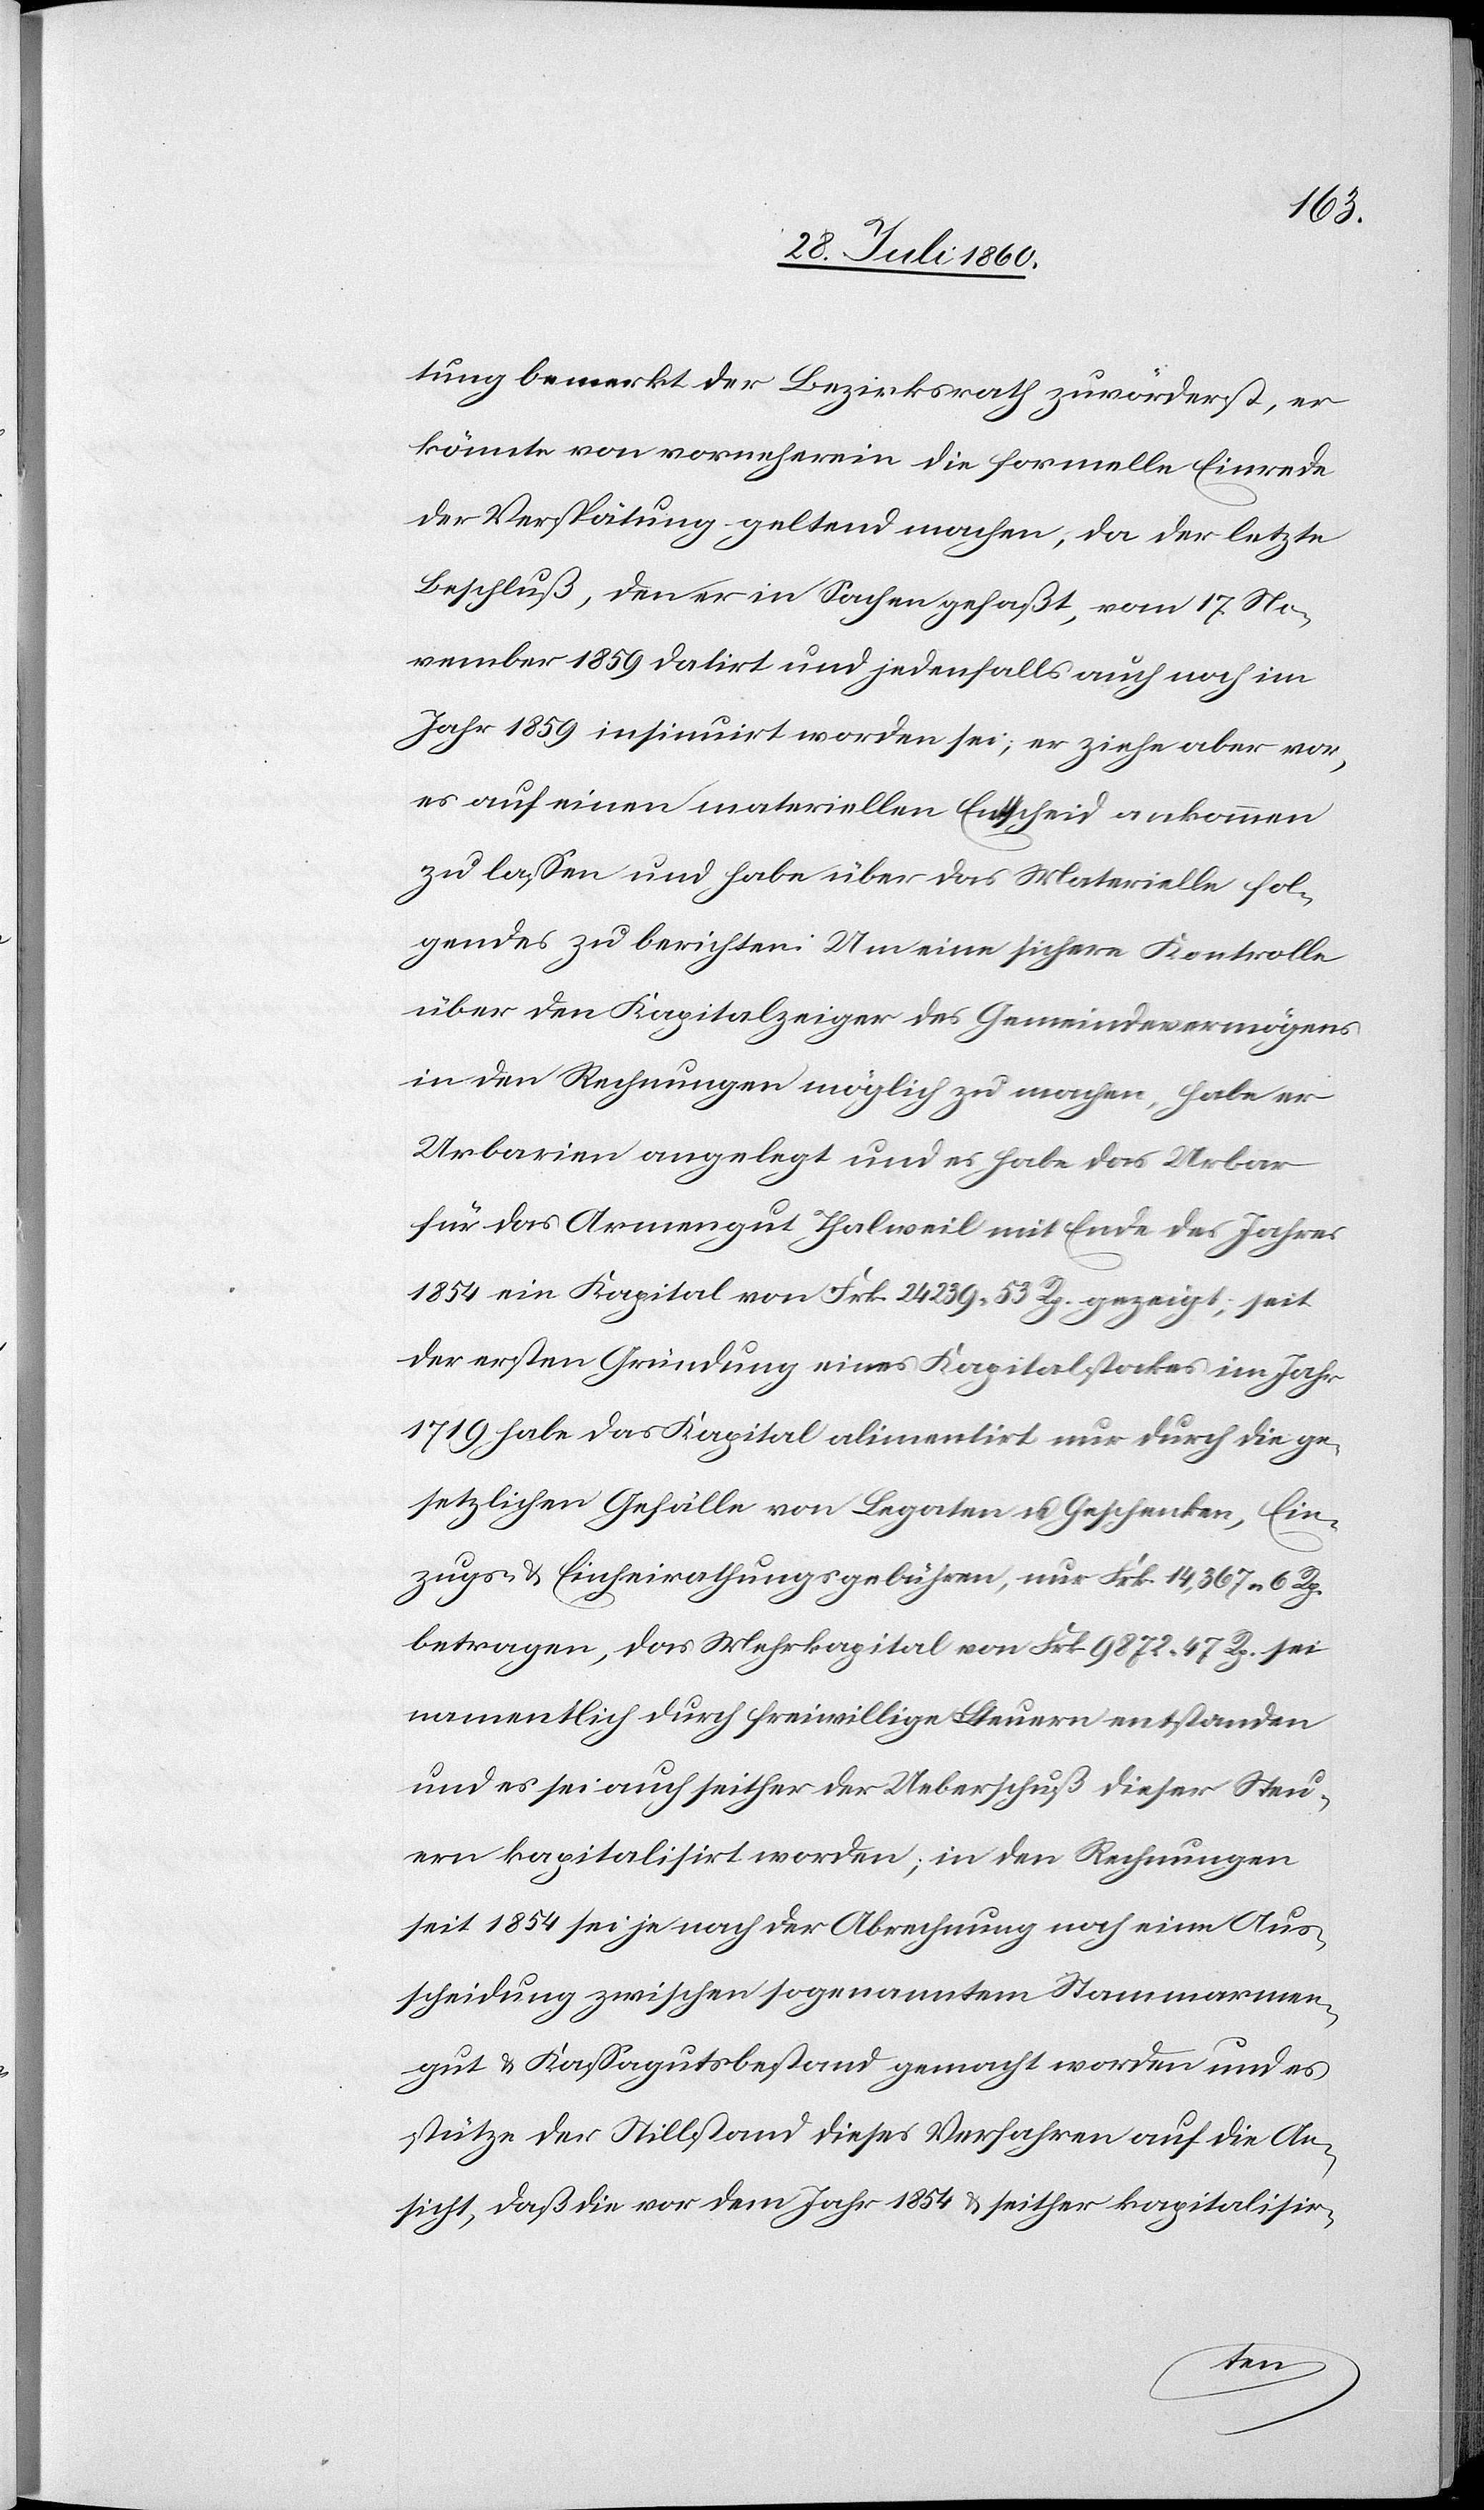
tung bemerkt der Bezirksrath zuvörderst, er
könnte von vorneherein die formelle Einrede
der Verspätung geltend machen, da der letzte
Beschluß, den er in Sachen gefaßt, vom 17. No¬
vember 1859 datirt und jedenfalls auch noch im
Jahr 1859 insinuirt worden sei; er ziehe aber vor,
es auf einen materiellen Entscheid ankommen
zu lassen und habe über das Materielle fol¬
gendes zu berichten: Um eine sichere Controlle
Urbarien angelegt und es habe das Urbar
für das Armengut Thalweil mit Ende des Jahres
1854 ein Capital von Frk. 24 239. 53C gezeigt, seit
der ersten Gründung eines Capitalstockes im Jahr
1719 habe das Kapital, alimentirt nur durch die ge¬
setzlichen Gefälle von Legaten und Geschenken, Ein¬
zugs- u. Einheirathungsgebühren, nur fcs. 14,367 6C
betragen, das Mehrkapital von fcs. 9872 47C sei
namentlich durch freiwillige Steuern entstanden
und es sei auch seither der Ueberschuß dieser Steu¬
ern kapitalisirt worden, in den Rechnungen
seit 1854 sei je nach der Abrechnung noch eine Aus¬
scheidung zwischen sogenanntem Stammarmen¬
gut u. Cassagutsbestand gemacht worden und es
stütze der Stillstand dieses Verfahren auf die An¬
sicht, dass die vor dem Jahr 1854 u. seither kapitalisir¬
ten
er